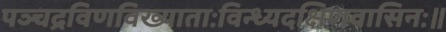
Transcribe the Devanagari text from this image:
पञ्चद्रविणविख्याताःविन्ध्यदक्षिणवासिनः॥